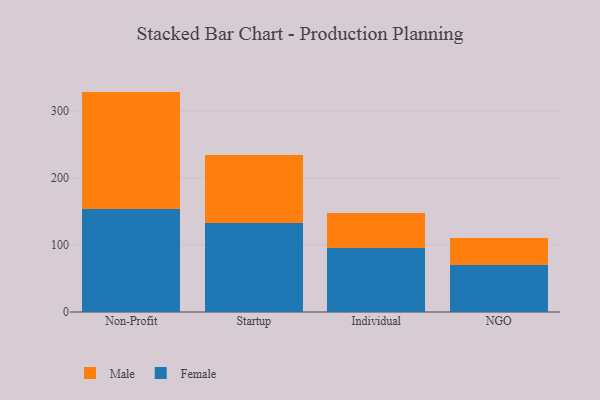
{"axis": {"x": "Segment", "y": "Waste Production (Tons)"}, "legend": ["Female", "Male"], "data": [{"x": "Non-Profit", "y": 153.2, "type": "Female"}, {"x": "Non-Profit", "y": 175.3, "type": "Male"}, {"x": "Startup", "y": 132.5, "type": "Female"}, {"x": "Startup", "y": 101.8, "type": "Male"}, {"x": "Individual", "y": 94.9, "type": "Female"}, {"x": "Individual", "y": 52.0, "type": "Male"}, {"x": "NGO", "y": 69.4, "type": "Female"}, {"x": "NGO", "y": 40.4, "type": "Male"}]}